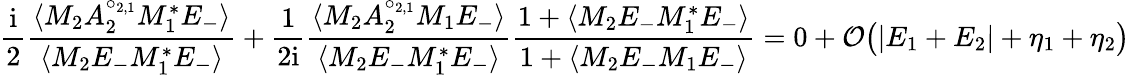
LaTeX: \frac{\mathrm{i}}{2}\frac{\langle M_{2}A_{2}^{\circ_{2,1}}M_{1}^{*}E_{-}\rangle}{\langle M_{2}E_{-}M_{1}^{*}E_{-}\rangle}+\frac{1}{2\mathrm{i}}\frac{\langle M_{2}A_{2}^{\circ_{2,1}}M_{1}E_{-}\rangle}{\langle M_{2}E_{-}M_{1}^{*}E_{-}\rangle}\frac{1+\langle M_{2}E_{-}M_{1}^{*}E_{-}\rangle}{1+\langle M_{2}E_{-}M_{1}E_{-}\rangle}=0+\mathcal{O}\big(|E_{1}+E_{2}|+\eta_{1}+\eta_{2}\big)